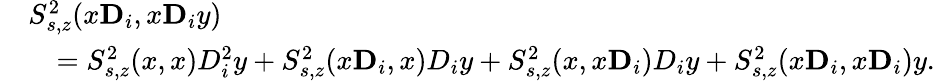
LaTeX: \begin{array}{rl}&{S_{s,z}^{2}(x\mathbf{D}_{i},x\mathbf{D}_{i}y)}\\ &{\quad=S_{s,z}^{2}(x,x)D_{i}^{2}y+S_{s,z}^{2}(x\mathbf D_{i},x)D_{i}y+S_{s,z}^{2}(x,x\mathbf D_{i})D_{i}y+S_{s,z}^{2}(x\mathbf D_{i},x\mathbf D_{i})y.}\end{array}